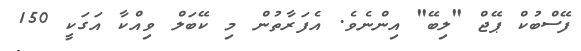
ފޭސްބުކް ޕޭޖް "ލިބޭ" އިންނެވެ. އެފަރާތުން މި ކޭބަލް ވިއްކާ އަގަކީ 150